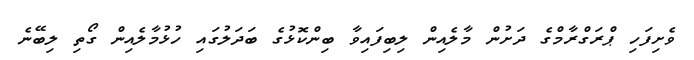
ވެށިފަހި ޕްރަގްރާމްގެ ދަށުން މާލެއިން ލިބިފައިވާ ބިންކޮޅުގެ ބަދަލުގައި ހުޅުމާލެއިން ގޯތި ލިބޭނެ